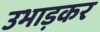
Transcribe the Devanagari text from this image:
उभाड़कर